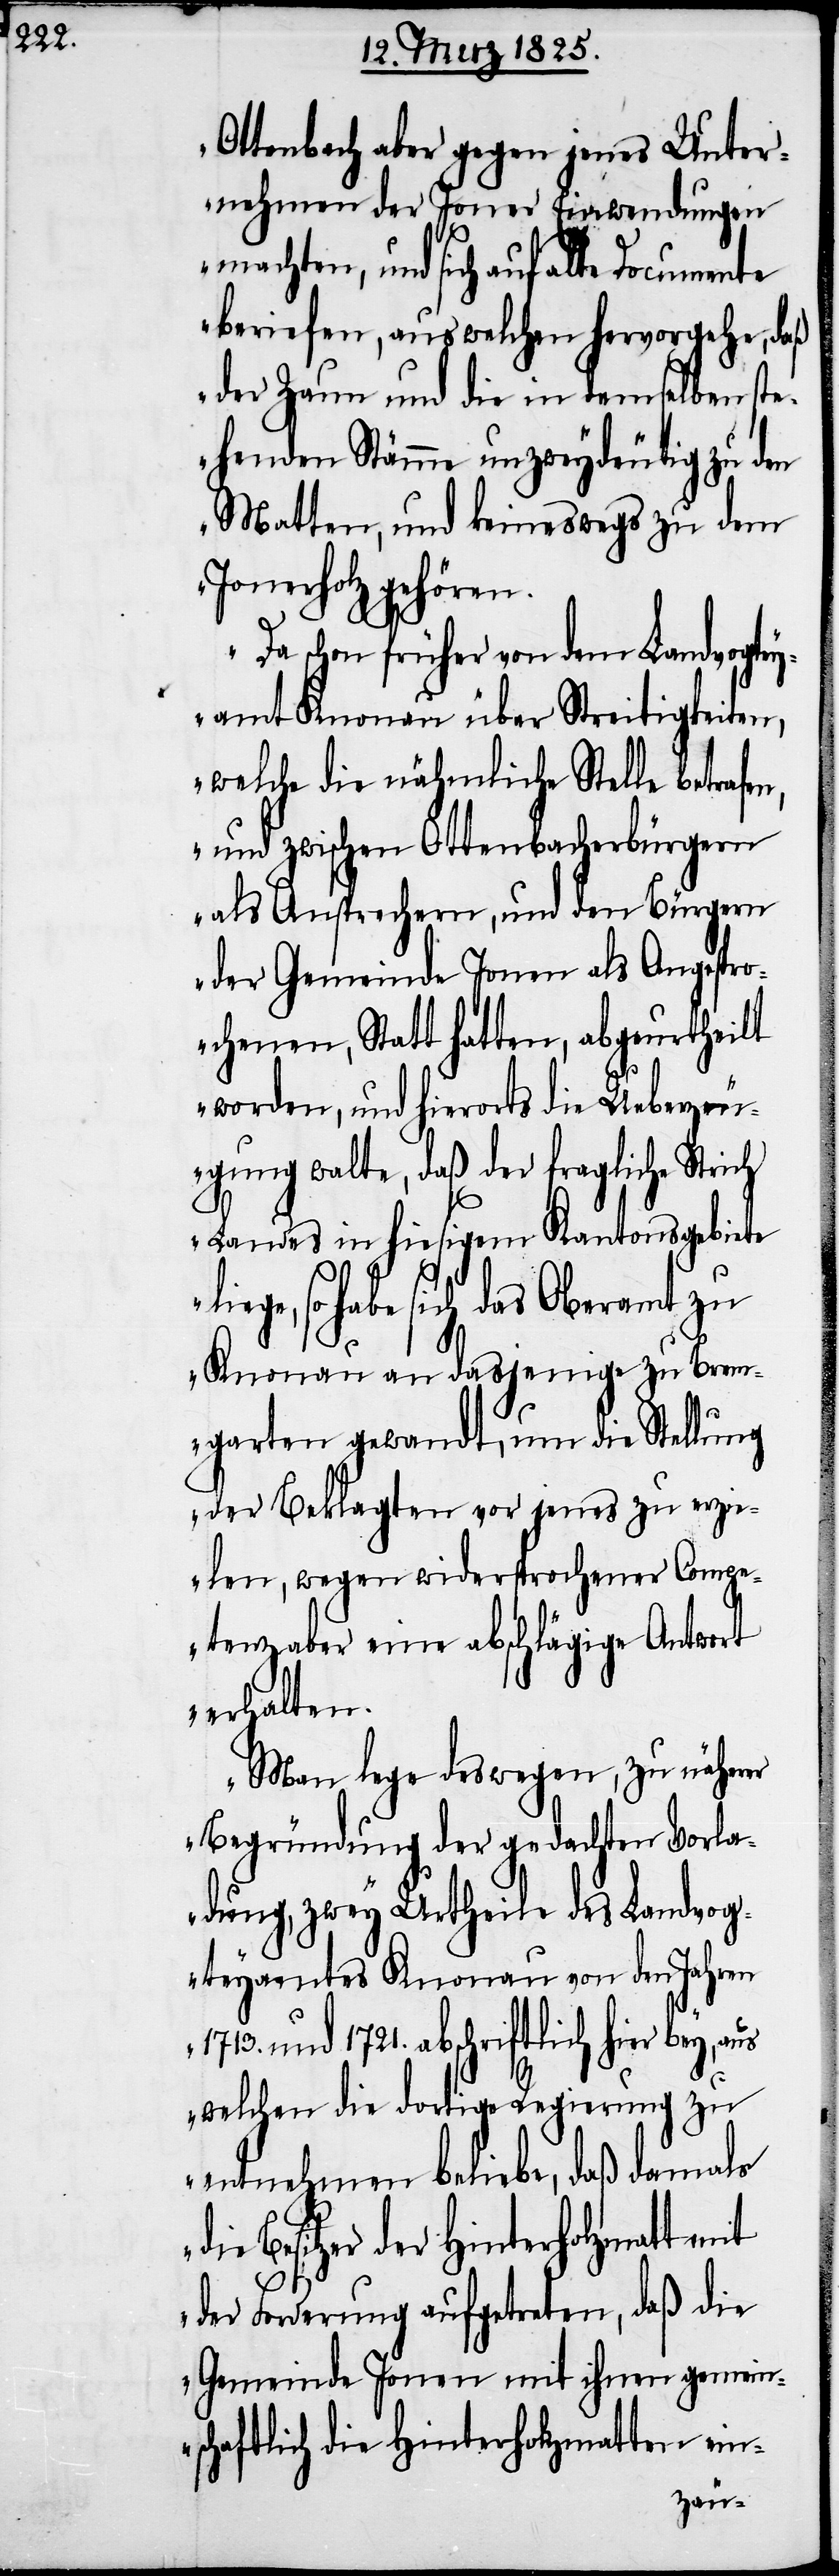
Ottenbach aber gegen jenes Unter¬
nehmen der Joner Einwendungen
machten, und sich auf alle Documente
beriefen, aus welchen hervorgehe, daß
der Zaun und die in demselben st¬
ehenden Stämme unzweydeutig zu den
Matten, und keineswegs zu dem
Jonerholz gehören.
Da schon früher von dem Landvogtey¬
amt Knonau über Streitigkeiten,
welche die nähmliche Stelle betrafe¬
n, und zwischen Ottenbacherbürgern
als Ansprechern, und den Bürgern
der Gemeinde Jonen als Angespro¬
chenen, Statt hatten, abgeurtheilt
worden, und hierorts die Ueberzeu¬
gung walte, daß der fragliche Strich
Landes in hiesigem Kantonsgebiete
so habe sich das Oberamt zu
Knonau an dasjenige zu Brem¬
garten gewandt, um die Stellung
der Beklagten vor jenes zu erzi¬
elen, wegen widersprochener Compe¬
tenz aber eine abschlägige Antwort
erhalten.
Man lege deswegen, zu näherer
Begründung der gedachten Vorla¬
dung, zwey Urtheile des Landvog¬
teyamtes Knonau von den Jahren
1713. und 1721. abschriftlich hier bey,
welchen die dortige Regierung zu
entnehmen beliebe, daß damals
Besitzer der Hinterholzmatt mit
der Forderung aufgetreten, daß die
Gemeinde Jonen mit ihnen gemein¬
schaftlich die Hinterholzmatten ein-